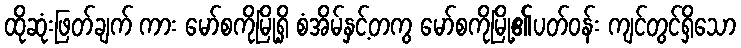
ထိုဆုံးဖြတ်ချက် ကား မော်စကိုမြို့ရှိ စံအိမ်နှင့်တကွ မော်စကိုမြို့၏ပတ်ဝန်း ကျင်တွင်ရှိသော